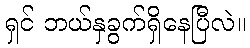
ရှင် ဘယ်နှခွက်ရှိနေပြီလဲ။